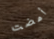
أمضت